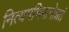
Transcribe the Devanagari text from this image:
नित्यमभिमानोन्नतं